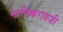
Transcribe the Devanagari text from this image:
माणिकरावजी